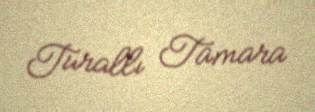
Turallı Tamara